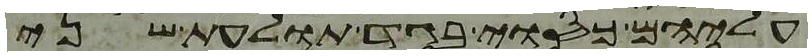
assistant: עליהם כסוי בגד תולעת שני